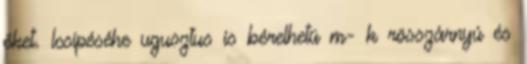
őket. lcsípéséhe ugusztus is bérelhetü m- k rösszárnyú és